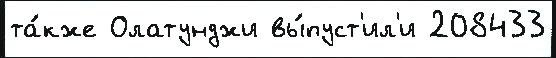
та́кже Олатунджи вы́пуст'ил'и 208433